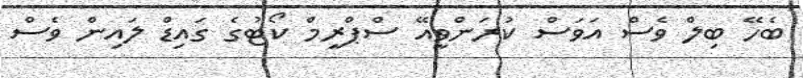
ބެހޭ ބިލް ވެސް އަވަސް ކުރަންވީއޭ ސްޕްރީމް ކޯޓުގެ ގައިޑް ލައިން ވެސް